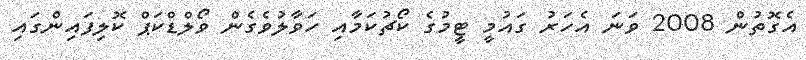
އެގޮތުން 2008 ވަނަ އެހަރު ގައުމީ ޓީމުގެ ކޯޗުކަމާއި ހަވާލުވެގެން ވޯލްޑްކަޕް ކޮލިފައިންގައި